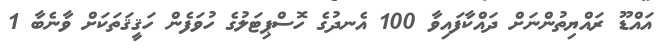
އައްޑޫ ރައްޔިތުންނަށް ދައްކާފައިވާ 100 އެނދުގެ ހޮސްޕިޓަލުގެ ހުވަފެން ހަޤީޤަތަކަށް ވާނެބާ 1